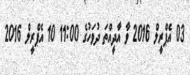
03 އެޕްރީލް 2016 ވާ އާދީއްތަ ދުވަހުގެ 11:00 10 އެޕްރީލް 2016